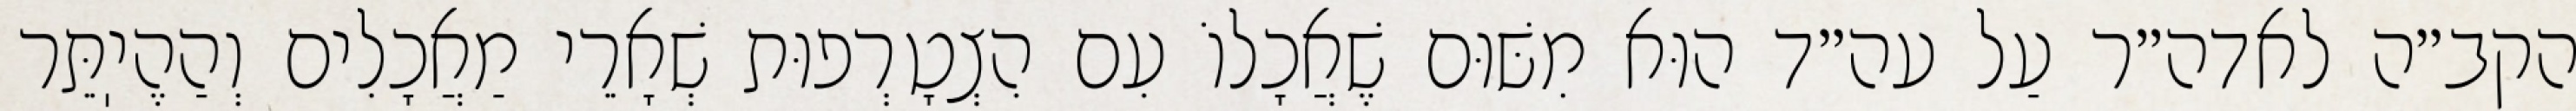
הקב״ה לאדה״ר עַל עה״ד הוּא מִשּׁוּם שֶׁאֲכָלוֹ עִם הִצְטָרְפוּת שְׁאָרֵי מַאֲכָלִים וְהַהֶיֽתֵּר